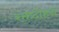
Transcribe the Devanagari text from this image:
रक्तदोहन